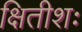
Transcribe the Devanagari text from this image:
क्षितीशः